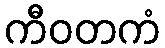
ကီဝတကံ